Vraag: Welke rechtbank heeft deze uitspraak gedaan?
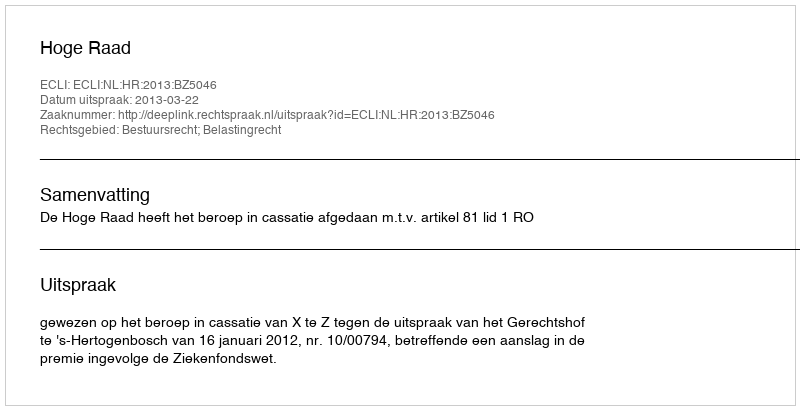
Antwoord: Hoge Raad